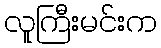
လူကြီးမင်းက